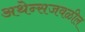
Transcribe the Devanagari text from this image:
अथेन्सजवळील